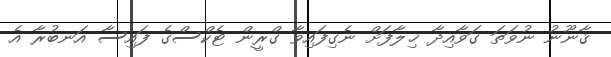
ޤާނޫނު ނުވަތަ ގަވާއިދާ ޚިލާފަށް ނެގިފައިވާ ގްރީން ޓެކްސްގެ ފައިސާ އަނބުރާ އެ